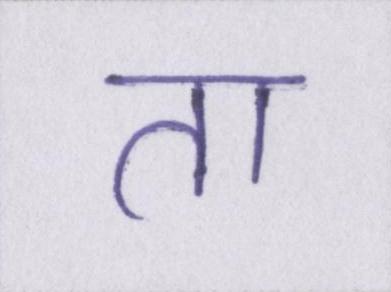
ता